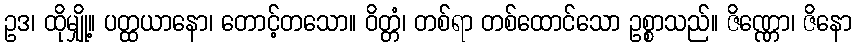
ဥဒ၊ ထိုမျှို့။ ပတ္ထယာနော၊ တောင့်တသော။ ဝိတ္တံ၊ တစ်ရာ တစ်ထောင်သော ဥစ္စာသည်။ ဇိဏ္ဏော၊ ဇိနော